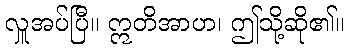
လှူအပ်ပြီ။ ဣတိအာဟ၊ ဤသို့ဆို၏။